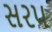
સરપ